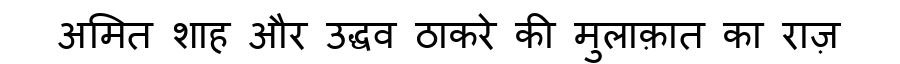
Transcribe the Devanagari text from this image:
अमित शाह और उद्धव ठाकरे की मुलाक़ात का राज़